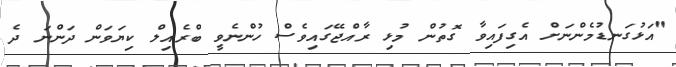
"އަޅުގަނޑުމެންނަށް އެގިފައިވާ ގޮތުން މުޅި ރާއްޖޭގައިވެސް ހުންނެވީ ބްރެއިލް ކިޔަވަން ދަންނަ ދެ